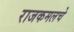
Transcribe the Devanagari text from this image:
राजकमलचे